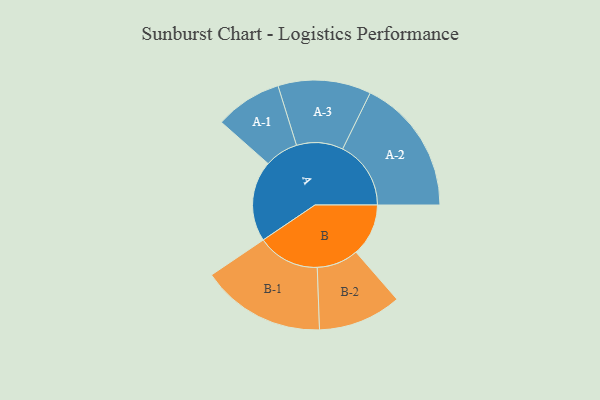
{"axis": {"x": "Segment", "y": "Value"}, "legend": ["", "A", "B"], "data": [{"x": "A", "y": 316, "type": ""}, {"x": "B", "y": 205, "type": ""}, {"x": "A-1", "y": 131, "type": "A"}, {"x": "A-2", "y": 267, "type": "A"}, {"x": "A-3", "y": 182, "type": "A"}, {"x": "B-1", "y": 243, "type": "B"}, {"x": "B-2", "y": 163, "type": "B"}]}